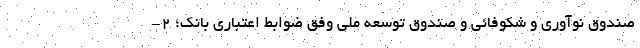
صندوق نوآوری و شکوفائی و صندوق توسعه ملی وفق ضوابط اعتباری بانک؛ 2-